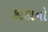
કાકાનો